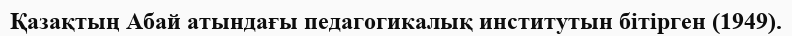
Қазақтың Абай атындағы педагогикалық институтын бітірген (1949).